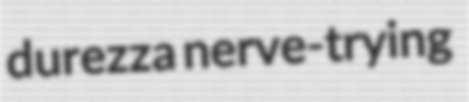
durezza nerve-trying